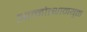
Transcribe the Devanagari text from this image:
आत्मोत्थानयुक्त